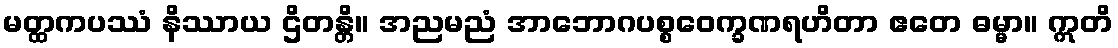
မတ္ထကပဿံ နိဿာယ ဌိတန္တိ။ အညမညံ အာဘောဂပစ္စဝေက္ခဏရဟိတာ ဧတေ ဓမ္မာ။ ဣတိ